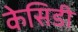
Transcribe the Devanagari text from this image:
केसिडी